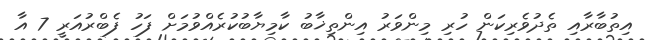
އިތުބާރާއި ތެދުވެރިކަން ހުރި މިންވަރު އިންތިޚާބު ކާމިޔާބުކުރެއްވުމަށް ފަހު ފެބްރުއަރީ 7 އާ